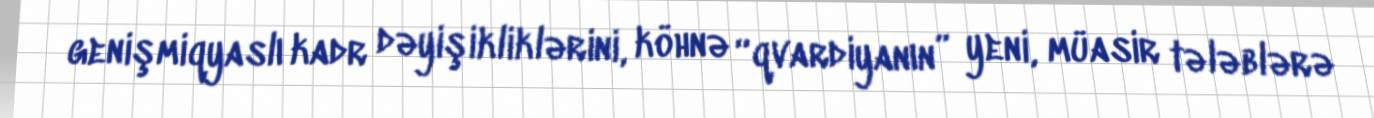
genişmiqyaslı kadr dəyişikliklərini, köhnə “qvardiyanın” yeni, müasir tələblərə